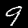
Label: 9